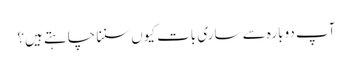
‏ آپ دوبارہ سے ساری بات کیوں سننا چاہتے ہیں؟